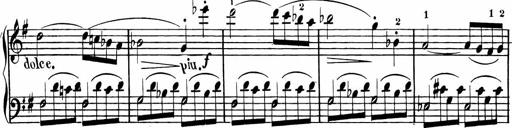
Title: Rosen ohne Dornen
Composer: Gustav Lange